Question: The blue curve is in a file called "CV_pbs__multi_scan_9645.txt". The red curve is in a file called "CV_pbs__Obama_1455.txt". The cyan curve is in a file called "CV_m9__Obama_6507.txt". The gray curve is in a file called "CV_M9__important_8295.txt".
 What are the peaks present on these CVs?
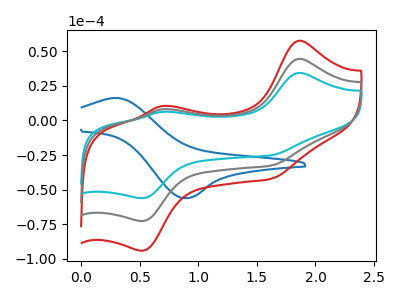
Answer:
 <answer>The blue curve "pbs" has an anodic peak at (0.30V, 16.25uA) and a cathodic peak at (0.90V, -56.20uA). The red curve "pbs" has anodic peaks at (1.85V, 89.00uA) (0.70V, 16.10uA) and cathodic peaks at (1.60V, -65.25uA) (0.50V, -145.55uA). The cyan curve "m9" has anodic peaks at (1.85V, 34.35uA) (0.70V, 6.20uA) and cathodic peaks at (1.60V, -25.20uA) (0.50V, -56.20uA). The gray curve "M9" has anodic peaks at (1.85V, 44.50uA) (0.70V, 8.05uA) and cathodic peaks at (1.60V, -32.65uA) (0.50V, -72.75uA).</answer>
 <eval></eval>